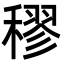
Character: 穋